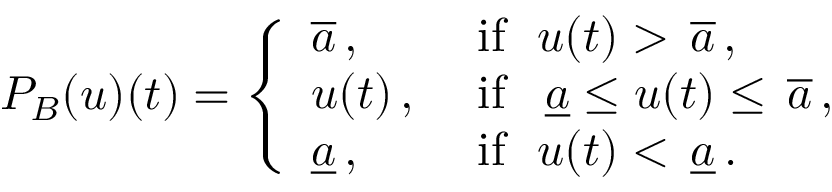
{ \cal P } _ { \cal B } ( u ) ( t ) = \left\{ \begin{array} { l l } { \overline { { a } } \, , } & { \mathrm { ~ i f \ \ } u ( t ) > \, \overline { { a } } \, , } \\ { u ( t ) \, , } & { \mathrm { ~ i f \ \ } \, \underline { { a } } \le u ( t ) \le \, \overline { { a } } \, , } \\ { \underline { { a } } \, , } & { \mathrm { ~ i f \ \ } u ( t ) < \, \underline { { a } } \, . } \end{array} \right.